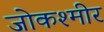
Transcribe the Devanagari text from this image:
जोकश्मीर